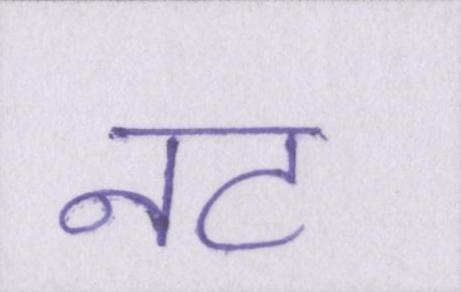
नट